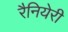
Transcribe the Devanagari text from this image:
रैनियेरी